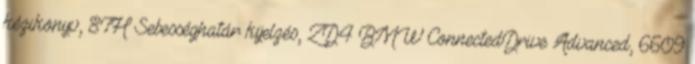
kézikönyv, 8TH Sebességhatár kijelzés, ZD4 BMW ConnectedDrive Advanced, 6609